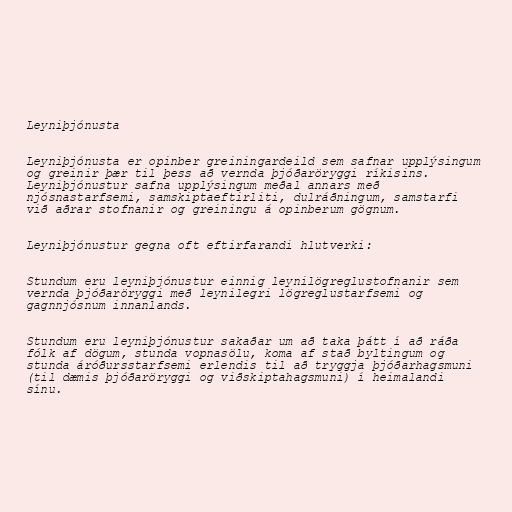
Leyniþjónusta

Leyniþjónusta er opinber greiningardeild sem safnar upplýsingum
og greinir þær til þess að vernda þjóðaröryggi ríkisins.
Leyniþjónustur safna upplýsingum meðal annars með
njósnastarfsemi, samskiptaeftirliti, dulráðningum, samstarfi
við aðrar stofnanir og greiningu á opinberum gögnum.

Leyniþjónustur gegna oft eftirfarandi hlutverki:

Stundum eru leyniþjónustur einnig leynilögreglustofnanir sem
vernda þjóðaröryggi með leynilegri lögreglustarfsemi og
gagnnjósnum innanlands.

Stundum eru leyniþjónustur sakaðar um að taka þátt í að ráða
fólk af dögum, stunda vopnasölu, koma af stað byltingum og
stunda áróðursstarfsemi erlendis til að tryggja þjóðarhagsmuni
(til dæmis þjóðaröryggi og viðskiptahagsmuni) í heimalandi
sínu.